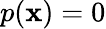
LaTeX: p(\mathbf{x})=0